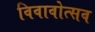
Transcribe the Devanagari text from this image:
विवावोत्सव